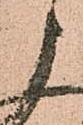
申